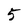
Character: 5